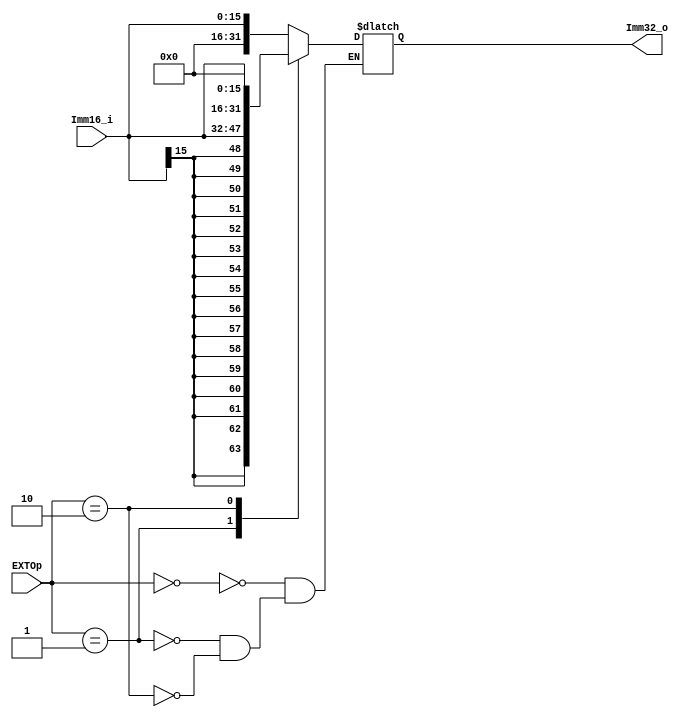
//Extension (combinational element)
module EXT(
  input  [15:0] Imm16_i,
  input  [1:0]  EXTOp,
  
  output [31:0] Imm32_o
  );
  reg [31:0] Imm32;
  always@(*)
  begin
    case(EXTOp)
      2'b00://zero extension
        Imm32 = {16'b0, Imm16_i[15:0]};
      2'b01://sign extension
        Imm32 = {{16{Imm16_i[15]}}, Imm16_i[15:0]};
      2'b10://put imm to high order bits
        Imm32 = {Imm16_i[15:0], 16'b0};
    endcase
  end
  assign Imm32_o = Imm32;
endmodule